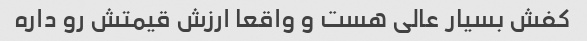
کفش بسیار عالی هست و واقعا ارزش قیمتش رو داره